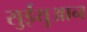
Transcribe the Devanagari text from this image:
सुईयुआन